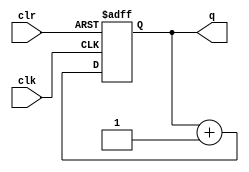
`timescale 1ns / 1ps
//////////////////////////////////////////////////////////////////////////////////
// Company: 
// Engineer: 
// 
// Design Name: 
// Module Name:    counter 
// Project Name: 
// Target Devices: 
// Tool versions: 
// Description: 
//
// Dependencies: 
//
// Revision: 
// Revision 0.01 - File Created
// Additional Comments: 
//
//////////////////////////////////////////////////////////////////////////////////
module counter #(parameter N = 4)
(input wire clr , clk ,
output reg [N-1:0] q );
// N-bit counter
always @(posedge clk or posedge clr)
begin
if(clr == 1)
q <= 0;
else
q <= q + 1;
end
endmodule